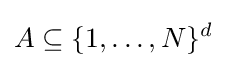
A\subseteq \{1,\ldots ,N\}^{d}